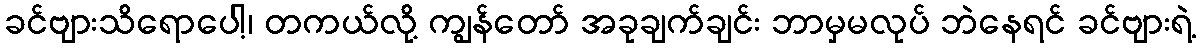
ခင်ဗျားသိရောပေါ့၊ တကယ်လို့ ကျွန်တော် အခုချက်ချင်း ဘာမှမလုပ် ဘဲနေရင် ခင်ဗျားရဲ့